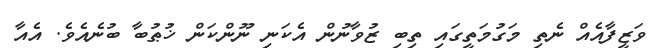
ވަޒީފާއެއް ނެތި މަގުމަތީގައި ތިބި ޒުވާނުން އެކަނި ނޫންކަން ޚުޠުބާ ބުނެއެވެ. އެއާ